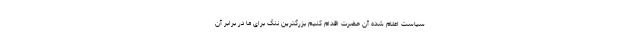
سیاست اعلام شده آن حضرت اقدام کنیم بزرگترین ننگ برای ما در برابر آن